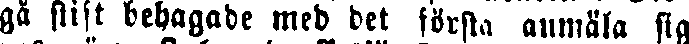
gå stift behagade med det första anmäla sig